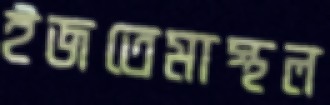
ইজতেমাস্থল